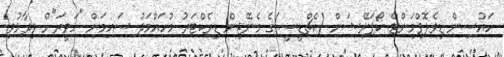
ހައުސިން ޑިވެލޮޕްމަންޓް ކޯޕަރޭޝަން (އެޗްޑީސީ)ގެ މެނޭޖިން ޑިރެކްޓަރު މުހައްމަދު ސައިމަން "ހަވީރަ"ށް ވިދާޅުވި